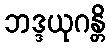
ဘဒ္ဒယုဂန္တိ